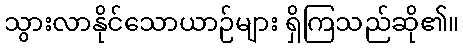
သွားလာနိုင်သောယာဉ်များ ရှိကြသည်ဆို၏။